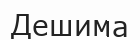
Дешима